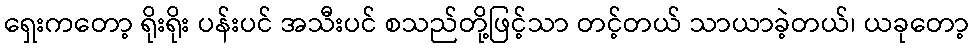
ရှေးကတော့ ရိုးရိုး ပန်းပင် အသီးပင် စသည်တို့ဖြင့်သာ တင့်တယ် သာယာခဲ့တယ်၊ ယခုတော့